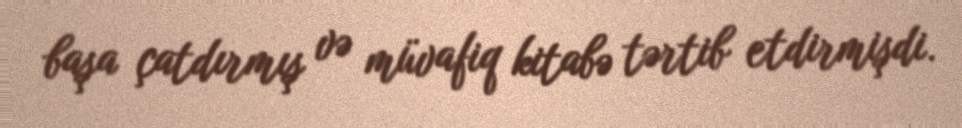
başa çatdırmış və müvafiq kitabə tərtib etdirmişdi.